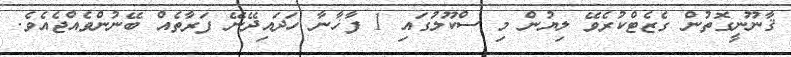
ޤާނޫނީގޮތުން ގެޒެޓްކުރެވޭ ލިޔުން މި ސްކޫލުގައި 1 ފާޚާނާ ހަދައިދޭނޭ ފަރާތެއް ބޭނުންވެއްޖެއެވެ.